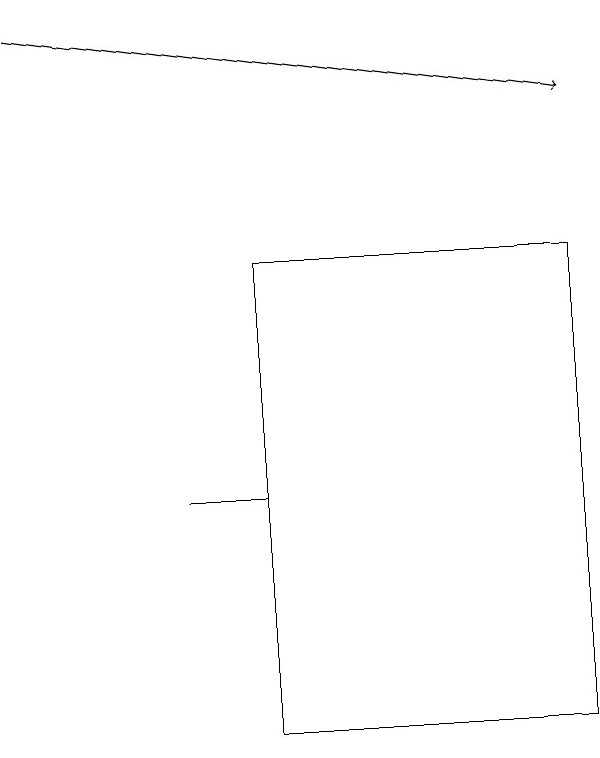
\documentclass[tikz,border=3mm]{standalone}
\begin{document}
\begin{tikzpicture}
\draw (5,13) rectangle (4,13);
\draw[->] (2,19) -- (9,18);
\draw (5,10) rectangle (9,16);
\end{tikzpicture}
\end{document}